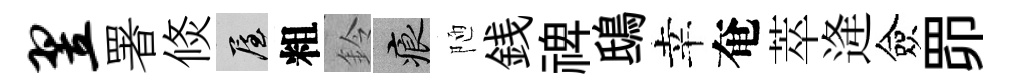
翌署倐屋粗鈴痕陋銭禆鴟幸奄萃逄僉𦊑